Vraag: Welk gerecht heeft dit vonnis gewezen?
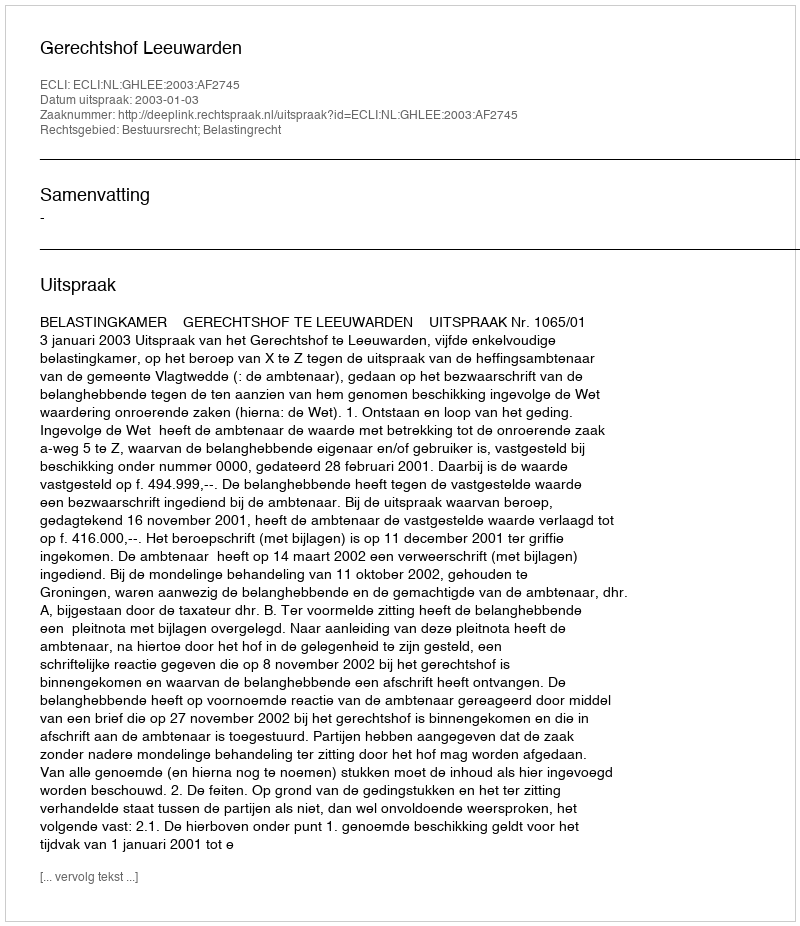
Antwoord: Gerechtshof Leeuwarden